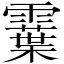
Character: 𩆏